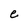
Character: e